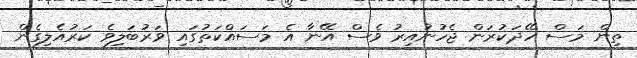
ތިން މަސް ހޭދަކުރަން ޖެހުނުއިރު ވެސް އޭނާ އެ މަސައްކަތުގައި ވަރުބަލިވެ ކަރުއެލިގެން